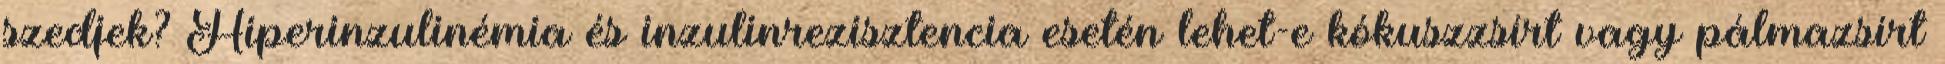
szedjek? Hiperinzulinémia és inzulinrezisztencia esetén lehet-e kókuszzsírt vagy pálmazsírt